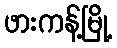
ဖားကန့်မြို့